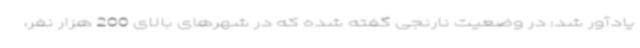
یادآور شد: در وضعیت نارنجی گفته شده که در شهرهای بالای 200 هزار نفر،